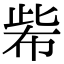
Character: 𢃌